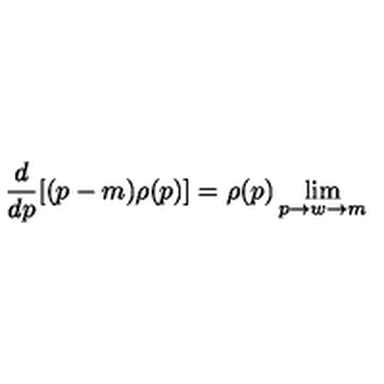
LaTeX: \frac { d } { d p } [ ( p - m ) \rho ( p ) ] = \rho ( p ) \lim _ { p \rightarrow w \rightarrow m }